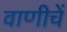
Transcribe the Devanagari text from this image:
वाणीचें